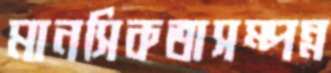
মানসিকতাসম্পন্ন